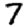
Digit: 7